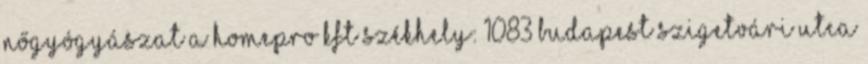
Nőgyógyászat A Homepro Kft székhely: 1083 Budapest Szigetvári utca